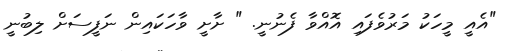
"އެއީ މީހަކު މަރުވެފައި އޮއްވާ ފެނުނީ. " ށާށީ ވާހަކައިން ނަފީސަށް ލިބުނީ